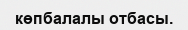
көпбалалы отбасы.